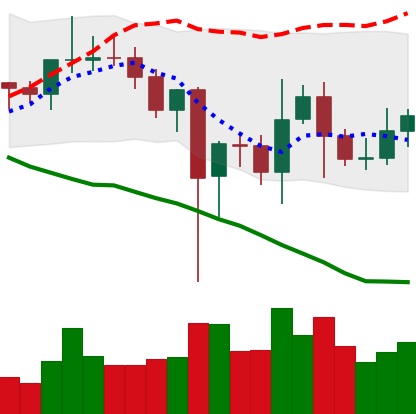
Ticker: LINK-USD
Chart end date: 2021-01-02
Forward return: 31.193%
Label: up_7plus